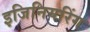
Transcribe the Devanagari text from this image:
इजिनियरिंग